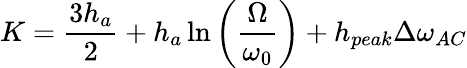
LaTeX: K=\frac{3h_{a}}{2}+h_{a}\ln{\left(\frac{\Omega}{\omega_{0}}\right)}+h_{peak}\Delta\omega_{AC}